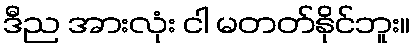
ဒီည အားလုံး ငါ မတတ်နိုင်ဘူး။